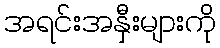
အရင်းအနှီးများကို